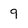
Character: 9